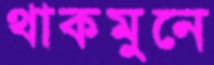
থাকমুনে